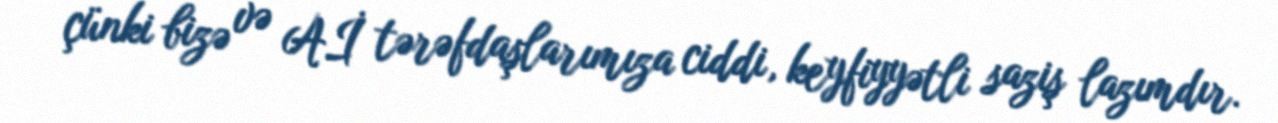
çünki bizə və Aİ tərəfdaşlarımıza ciddi, keyfiyyətli saziş lazımdır.